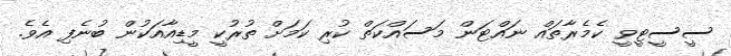
ސީސީޓީވީ ކެމެރާތައް ނައްޓަން މަސައްކަތް ކުރި ކަމަށް ތުރުކީ މީޑިއާއަކުން ބުނެފި އެވެ.